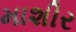
માશીર